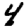
Digit: 4